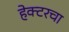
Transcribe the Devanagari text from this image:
हेक्टरचा